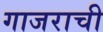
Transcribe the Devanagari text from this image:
गाजराची